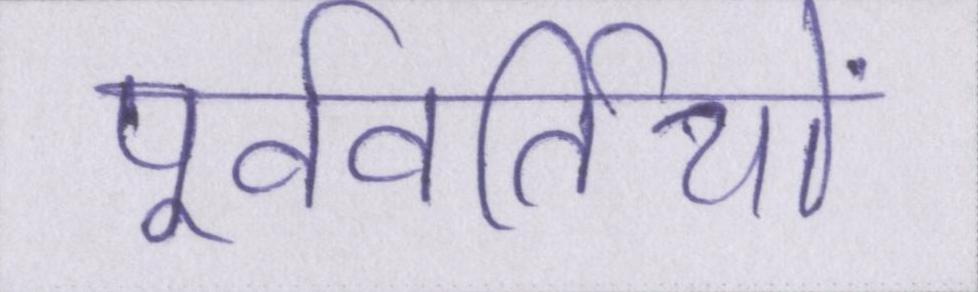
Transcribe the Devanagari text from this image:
पूर्ववर्तियों